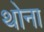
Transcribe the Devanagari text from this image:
थोना